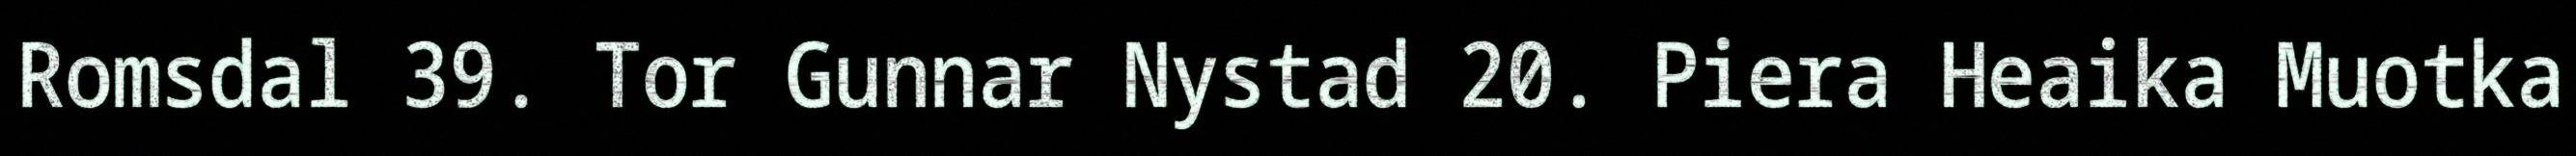
Romsdal 39. Tor Gunnar Nystad 20. Piera Heaika Muotka